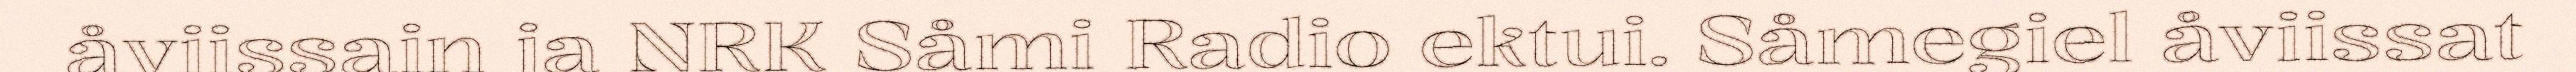
åviissain ja NRK Såmi Radio ektui. Såmegiel åviissat